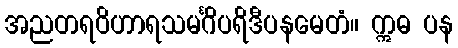
အညတရဝိဟာရသမင်္ဂိပရိဒီပနမေတံ။ ဣဓ ပန